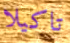
تاكيلا